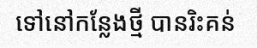
ទៅនៅកន្លែងថ្មី បានរិះគន់